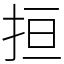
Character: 𢬎